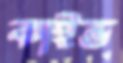
কাইন্ড